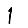
Digit: 1